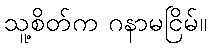
သူ့စိတ်က ဂနာမငြိမ်။